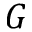
G